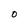
Character: 0